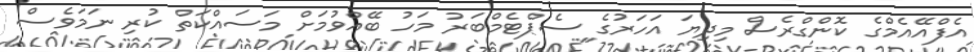
އެފްއޭއެމްގެ ކޮންގްރެސް މިދިޔަ އަހަރުގެ ސެޕްޓެމްބަރު މަހު ބޭއްވުމަށް މަސައްކަތް ކުރި ނަމަވެސް